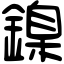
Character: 鎳